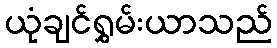
ယုံချင်ရွှမ်းယာသည်